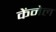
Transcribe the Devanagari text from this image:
केंनेल